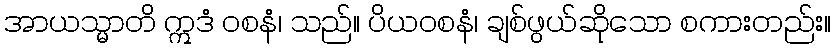
အာယသ္မာတိ ဣဒံ ဝစနံ၊ သည်။ ပိယဝစနံ၊ ချစ်ဖွယ်ဆိုသော စကားတည်း။